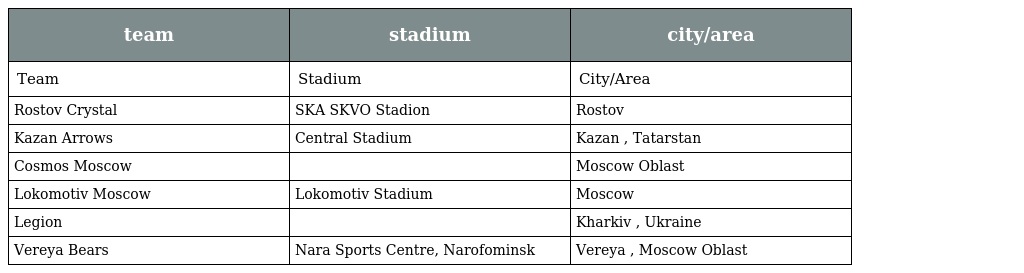
| team | stadium | city/area |
 | --- | --- | --- |
 | Team | Stadium | City/Area |
 | Rostov Crystal | SKA SKVO Stadion | Rostov |
 | Kazan Arrows | Central Stadium | Kazan , Tatarstan |
 | Cosmos Moscow |  | Moscow Oblast |
 | Lokomotiv Moscow | Lokomotiv Stadium | Moscow |
 | Legion |  | Kharkiv , Ukraine |
 | Vereya Bears | Nara Sports Centre, Narofominsk | Vereya , Moscow Oblast |